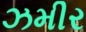
ઝમીર